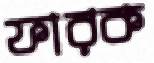
ফারক